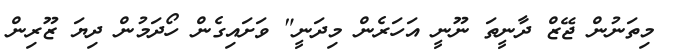
މިތަނުން ޖޭޒް ދާނީތަ ނޫނީ އަހަރެން މިދަނީ" ވަށައިގެން ހޯދަމުން ދިޔަ ޒޫރިން